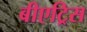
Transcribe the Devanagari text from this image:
बीएट्रिस